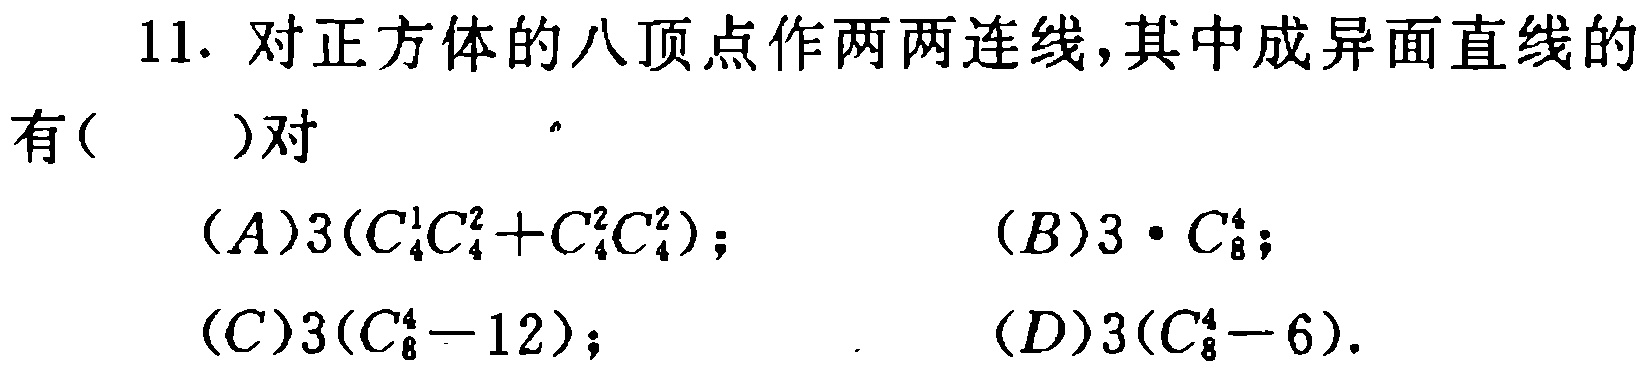
11. 对正方体的八顶点作两两连线,其中成异面直线的

有( )对

$(A)3(C_{4}^{1}C_{4}^{2}+C_{4}^{2}C_{4}^{2})$; $(B)3\cdot C_{8}^{4}$;

$(C)3(C_{8}^{4}-12)$; $(D)3(C_{8}^{4}-6)$.